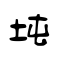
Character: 坉